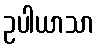
ဥပါယာသာ